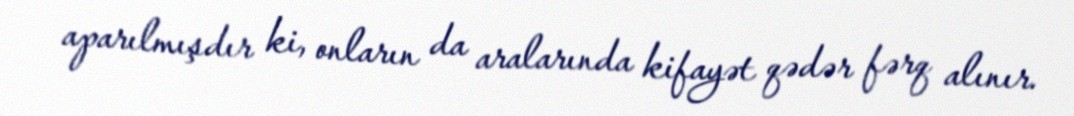
aparılmışdır ki, onların da aralarında kifayət qədər fərq alınır.